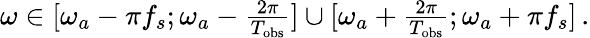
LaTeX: \begin{array}{r}{\omega\in[\omega_{a}-\pi f_{s};\omega_{a}-\frac{2\pi}{T_{\mathrm{obs}}}]\cup[\omega_{a}+\frac{2\pi}{T_{\mathrm{obs}}};\omega_{a}+\pi f_{s}]\, .}\end{array}